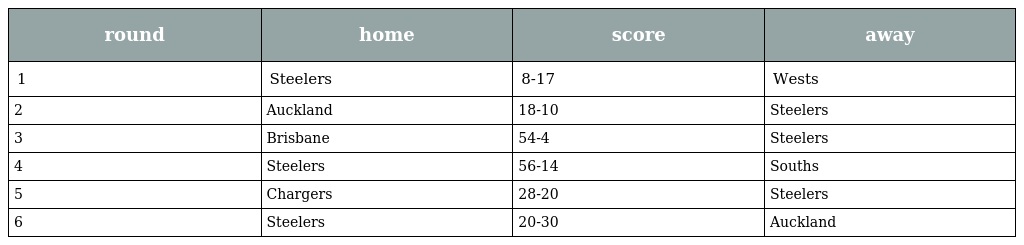
| round | home | score | away |
 | --- | --- | --- | --- |
 | 1 | Steelers | 8-17 | Wests |
 | 2 | Auckland | 18-10 | Steelers |
 | 3 | Brisbane | 54-4 | Steelers |
 | 4 | Steelers | 56-14 | Souths |
 | 5 | Chargers | 28-20 | Steelers |
 | 6 | Steelers | 20-30 | Auckland |